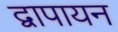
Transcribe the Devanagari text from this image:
द्वापायन